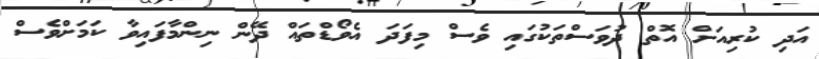
އަދި ކުރިއަށް އޮތް ދުވަސްތަކުގައި ވެސް މިފަދަ އެވޯޑްތައް ދޭން ނިންމާފައިވާ ކަމަށްވެސް